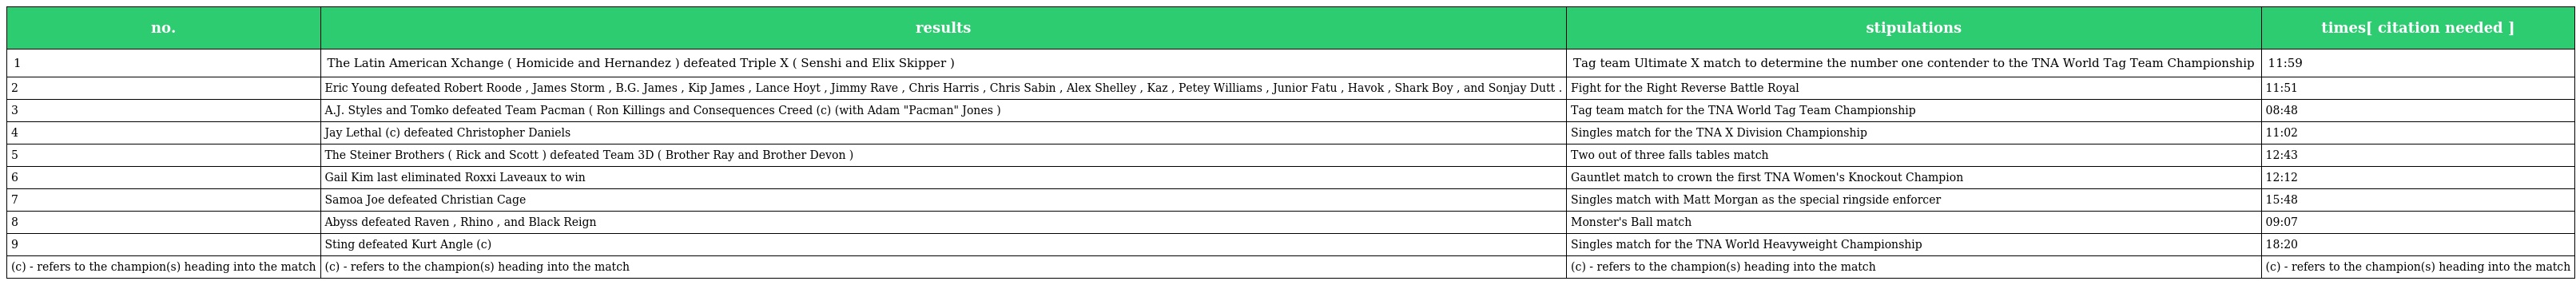
| no. | results | stipulations | times[ citation needed ] |
 | --- | --- | --- | --- |
 | 1 | The Latin American Xchange ( Homicide and Hernandez ) defeated Triple X ( Senshi and Elix Skipper ) | Tag team Ultimate X match to determine the number one contender to the TNA World Tag Team Championship | 11:59 |
 | 2 | Eric Young defeated Robert Roode , James Storm , B.G. James , Kip James , Lance Hoyt , Jimmy Rave , Chris Harris , Chris Sabin , Alex Shelley , Kaz , Petey Williams , Junior Fatu , Havok , Shark Boy , and Sonjay Dutt . | Fight for the Right Reverse Battle Royal | 11:51 |
 | 3 | A.J. Styles and Tomko defeated Team Pacman ( Ron Killings and Consequences Creed (c) (with Adam "Pacman" Jones ) | Tag team match for the TNA World Tag Team Championship | 08:48 |
 | 4 | Jay Lethal (c) defeated Christopher Daniels | Singles match for the TNA X Division Championship | 11:02 |
 | 5 | The Steiner Brothers ( Rick and Scott ) defeated Team 3D ( Brother Ray and Brother Devon ) | Two out of three falls tables match | 12:43 |
 | 6 | Gail Kim last eliminated Roxxi Laveaux to win | Gauntlet match to crown the first TNA Women's Knockout Champion | 12:12 |
 | 7 | Samoa Joe defeated Christian Cage | Singles match with Matt Morgan as the special ringside enforcer | 15:48 |
 | 8 | Abyss defeated Raven , Rhino , and Black Reign | Monster's Ball match | 09:07 |
 | 9 | Sting defeated Kurt Angle (c) | Singles match for the TNA World Heavyweight Championship | 18:20 |
 | (c) - refers to the champion(s) heading into the match | (c) - refers to the champion(s) heading into the match | (c) - refers to the champion(s) heading into the match | (c) - refers to the champion(s) heading into the match |